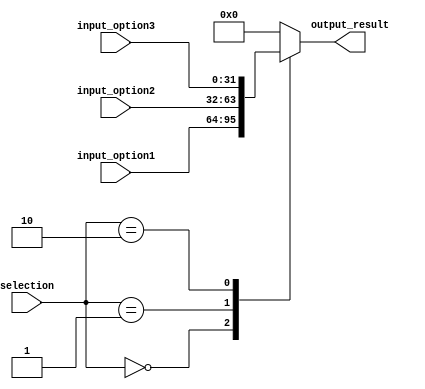
module Multiplexer2(
    input wire [1:0] selection,
    input wire [31:0] input_option1, input_option2, input_option3,
    output reg [31:0] output_result
);

always @(*) begin
    case(selection)
        2'b00: output_result = input_option1;
        2'b01: output_result = input_option2;
        2'b10: output_result = input_option3;
        default: output_result = 32'h00000000;
    endcase
end

endmodule